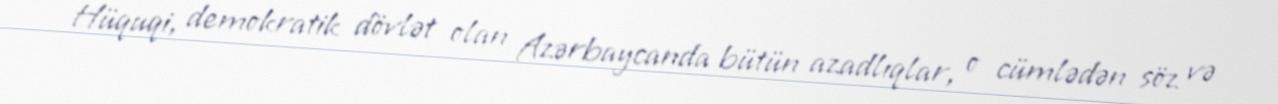
Hüquqi, demokratik dövlət olan Azərbaycanda bütün azadlıqlar, o cümlədən söz və